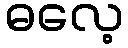
ဓလေ့